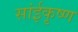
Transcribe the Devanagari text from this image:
सांईकृष्‍ण